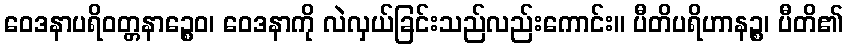
ဝေဒနာပရိဝတ္တနာဉ္စေဝ၊ ဝေဒနာကို လဲလှယ်ခြင်းသည်လည်းကောင်း။ ပီတိပရိဟာနဉ္စ၊ ပီတိ၏